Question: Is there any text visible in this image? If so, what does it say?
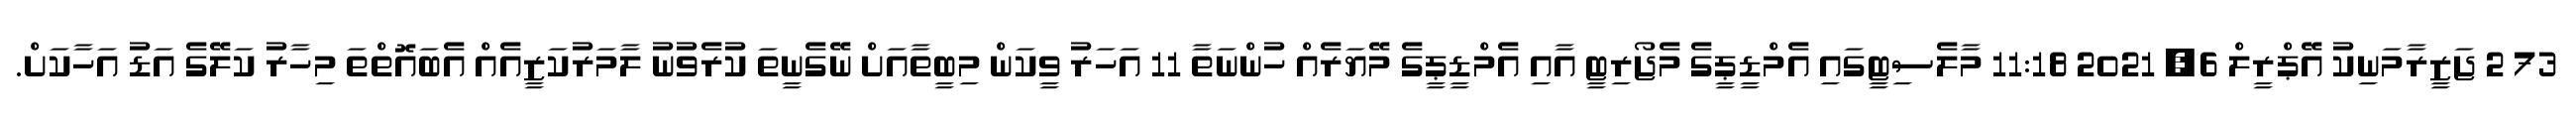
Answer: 73 2 ޖަޒީރާމަނިކު އޭޕްރީލް 6, 2021 11:18 މާލެސިޓީގައި އެމްޑީޕީގެ މެޖޯރިޓީ އާއި އެމްޑީޕީގެ މޭޔަރެއް ހުންނަތާ 11 އަހަރު ވީކަން މިބީތާއަށް ނޭގެނީތަ ކުރެވުނު ލާމަރުކަޒީއެއް އެބައޮތްތަ މިހާރު ކަލޭގެ އަޑު އަހާކަށް.